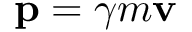
\mathbf { p } = \gamma m \mathbf { v }